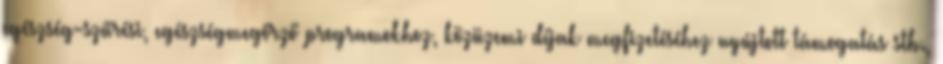
egészség-szűrési, egészségmegőrző programokhoz, közüzemi díjak megfizetéséhez nyújtott támogatás stb.,